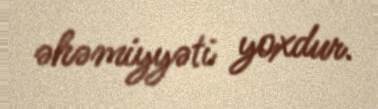
əhəmiyyəti yoxdur.